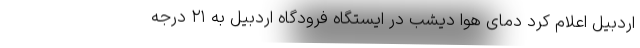
اردبیل اعلام کرد دمای هوا دیشب در ایستگاه فرودگاه اردبیل به ۲۱ درجه